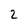
Character: 2